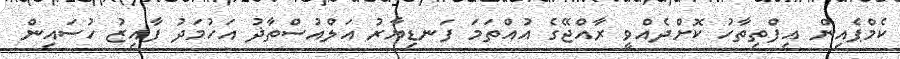
ކެމްޕެއިން އިފްތިތާހު ކޮށްދެއްވީ ރާއްޖޭގެ އުއްތަމަ ފަނޑިޔާރު އަލްއުސްތާޛު އަހުމަދު ފާއިޒު ހުސައިން